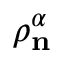
\rho _ { \mathbf { n } } ^ { \alpha }